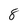
Character: 8